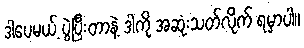
ဒါပေမယ့် ပွဲပြီးတာနဲ့ ဒါကို အဆုံးသတ်လိုက် ရမှာပါ။